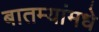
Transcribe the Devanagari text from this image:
बातम्यांमधे